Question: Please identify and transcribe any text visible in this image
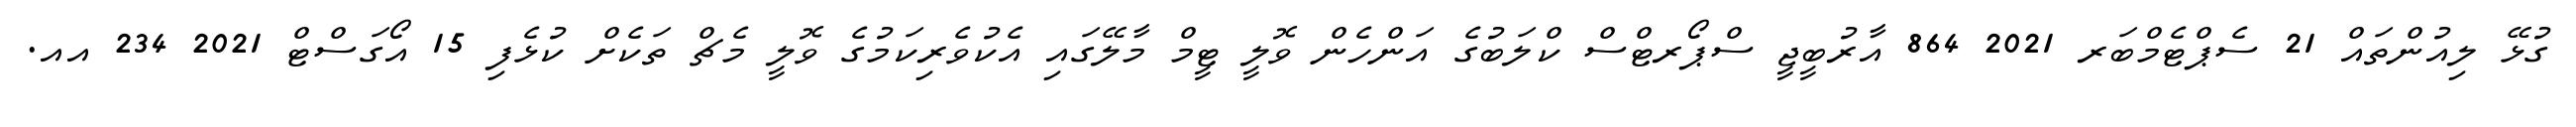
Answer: ގުޅޭ ލިއުންތައް 21 ސެޕްޓެމްބަރ 2021 864 އާރުބީޖީ ސްޕޯރޓްސް ކްލަބުގެ އަންހެން ވޮލީ ޓީމް މާލޭގައި އެކުވެރިކަމުގެ ވޮލީ މެޗް ތަކެށް ކުޅެފި 15 އޯގަސްޓް 2021 234 އއ.